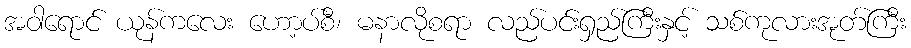
အဝါရောင် ယုန်ကလေး ဟော့ပ်စီ၊ မနာလိုစရာ လည်ပင်းရှည်ကြီးနှင့် သစ်ကုလားအုတ်ကြီး